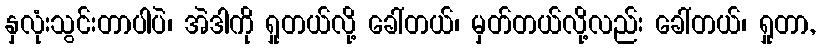
နှလုံးသွင်းတာပါပဲ၊ အဲဒါကို ရှုတယ်လို့ ခေါ်တယ်၊ မှတ်တယ်လို့လည်း ခေါ်တယ်၊ ရှုတာ,